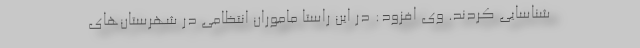
شناسایی کردند. وی افزود: در این راستا ماموران انتظامی در شهرستان‌های